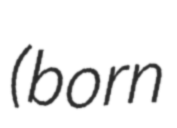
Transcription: (born